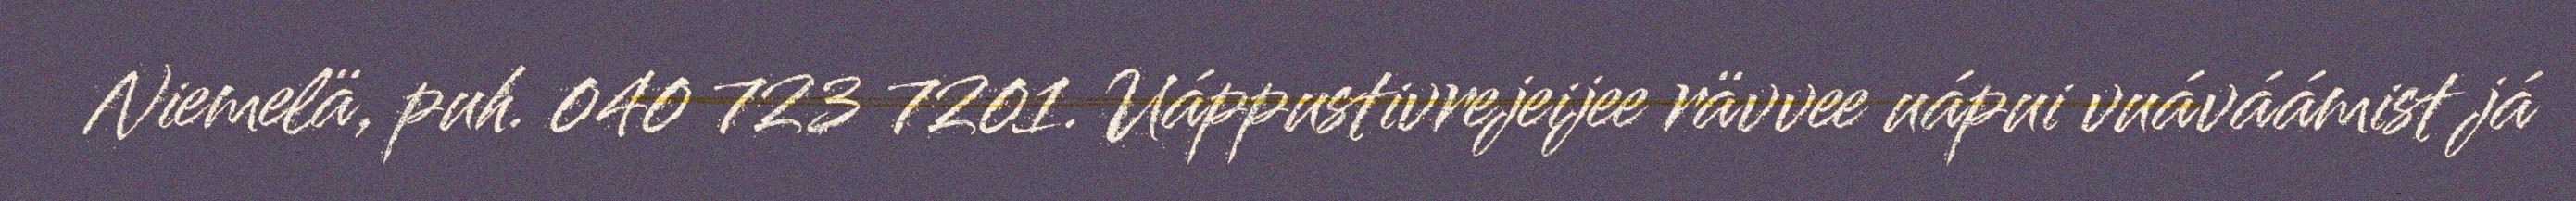
Niemelä, puh. 040 723 7201. Uáppustivrejeijee rävvee uápui vuáváámist já